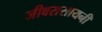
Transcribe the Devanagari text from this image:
जीवरासायनी